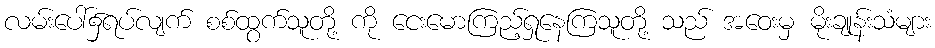
လမ်းပေါ်၌ရပ်လျက် စစ်ထွက်သူတို့ ကို ငေးမောကြည့်ရှုနေကြသူတို့ သည် အဝေးမှ မိုးချုန်းသံများ